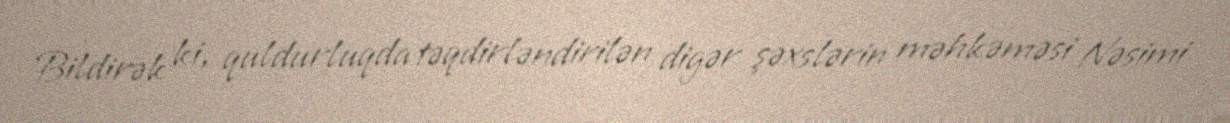
Bildirək ki, quldurluqda təqdirləndirilən digər şəxslərin məhkəməsi Nəsimi